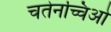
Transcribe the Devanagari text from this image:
चतेनच्चिओ